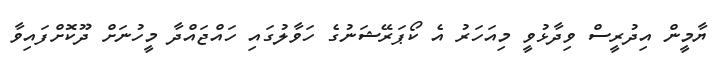
ޔާމީން އިދުރީސް ވިދާޅުވީ މިއަހަރު އެ ކޯޕަރޭޝަނުގެ ހަވާލުގައި ހައްޖައްދާ މީހުނަށް ދޫކޮށްފައިވާ